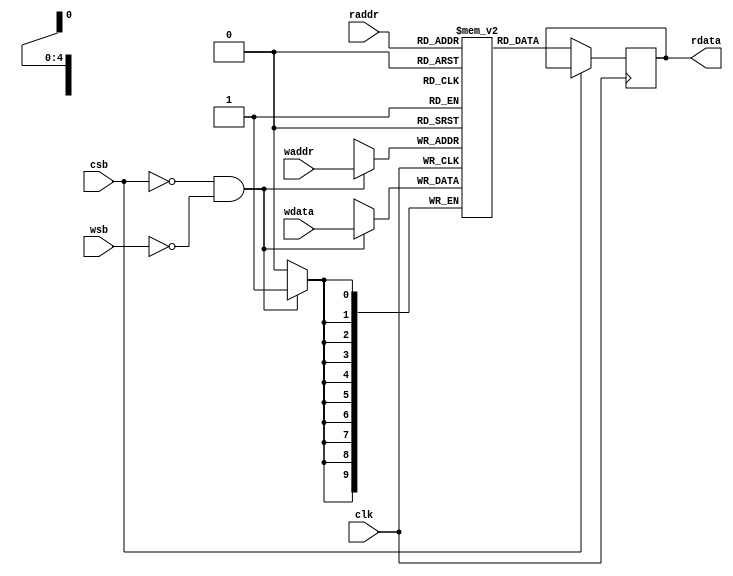
module sram_24x10b #(       //for bias
parameter BIAS_PER_ADDR = 1,
parameter BW_PER_PARAM = 10
)
(
input clk,
input csb,  //chip enable
input wsb,  //write enable
input [BIAS_PER_ADDR*BW_PER_PARAM-1:0] wdata, //write data
input [4:0] waddr, //write address
input [4:0] raddr, //read address

output reg [BIAS_PER_ADDR*BW_PER_PARAM-1:0] rdata
);
/*
Data location
/////////////////////
addr 0~2: conv1 bias(3)
addr 3~5: conv2 bias(3)
addr 6~8: conv3_1 bias(3)
addr 9~11: conv3 bias(3)
addr 12~14: conv4_1 bias(3)
addr 15~17: conv4_2 bias(3)
addr 18~20: conv4 bias(3)
addr 21~23: conv5 bias(3)
/////////////////////
*/
reg [BIAS_PER_ADDR*BW_PER_PARAM-1:0] mem [0:24-1];
reg [BIAS_PER_ADDR*BW_PER_PARAM-1:0] _rdata;

always @(posedge clk) begin
    if(~csb && ~wsb)
        mem[waddr] <= wdata;
end

always @(posedge clk) begin
    if(~csb)
        _rdata <= mem[raddr];
end

always @* begin
    rdata = #(1) _rdata;
end

task load_param(
    input integer index,
    input [BIAS_PER_ADDR*BW_PER_PARAM-1:0] param_input
);
    mem[index] = param_input;
endtask

endmodule